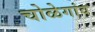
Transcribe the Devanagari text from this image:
चोळेगांव